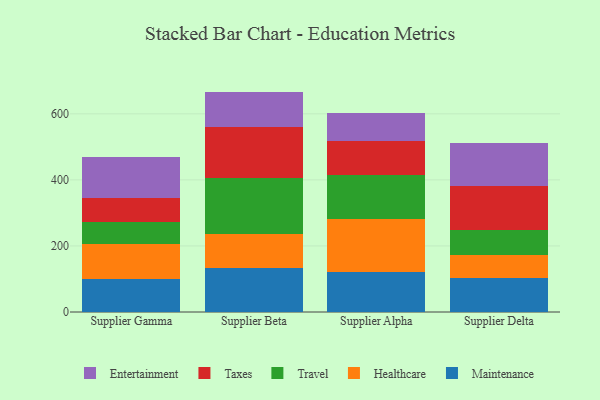
{"axis": {"x": "Supplier", "y": "Satisfaction Score"}, "legend": ["Entertainment", "Healthcare", "Maintenance", "Taxes", "Travel"], "data": [{"x": "Supplier Gamma", "y": 98.7, "type": "Maintenance"}, {"x": "Supplier Gamma", "y": 108.2, "type": "Healthcare"}, {"x": "Supplier Gamma", "y": 65.1, "type": "Travel"}, {"x": "Supplier Gamma", "y": 74.4, "type": "Taxes"}, {"x": "Supplier Gamma", "y": 124.2, "type": "Entertainment"}, {"x": "Supplier Beta", "y": 131.8, "type": "Maintenance"}, {"x": "Supplier Beta", "y": 105.5, "type": "Healthcare"}, {"x": "Supplier Beta", "y": 167.0, "type": "Travel"}, {"x": "Supplier Beta", "y": 155.8, "type": "Taxes"}, {"x": "Supplier Beta", "y": 107.2, "type": "Entertainment"}, {"x": "Supplier Alpha", "y": 121.6, "type": "Maintenance"}, {"x": "Supplier Alpha", "y": 159.4, "type": "Healthcare"}, {"x": "Supplier Alpha", "y": 133.8, "type": "Travel"}, {"x": "Supplier Alpha", "y": 103.3, "type": "Taxes"}, {"x": "Supplier Alpha", "y": 84.0, "type": "Entertainment"}, {"x": "Supplier Delta", "y": 102.9, "type": "Maintenance"}, {"x": "Supplier Delta", "y": 69.8, "type": "Healthcare"}, {"x": "Supplier Delta", "y": 74.9, "type": "Travel"}, {"x": "Supplier Delta", "y": 135.1, "type": "Taxes"}, {"x": "Supplier Delta", "y": 130.2, "type": "Entertainment"}]}